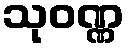
သုဝဏ္ဏ